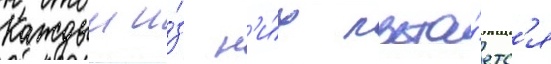
Каждыи и́з н'и́х пыта́етс'я